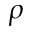
\rho